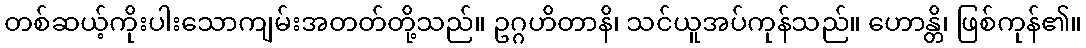
တစ်ဆယ့်ကိုးပါးသောကျမ်းအတတ်တို့သည်။ ဥဂ္ဂဟိတာနိ၊ သင်ယူအပ်ကုန်သည်။ ဟောန္တိ၊ ဖြစ်ကုန်၏။